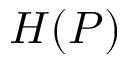
H ( P )